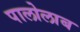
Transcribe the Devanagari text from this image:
पालोलाब